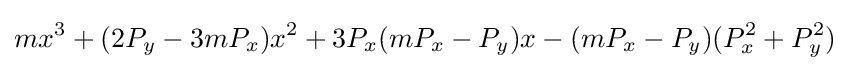
mx^{3}+(2P_{y}-3mP_{x})x^{2}+3P_{x}(mP_{x}-P_{y})x-(mP_{x}-P_{y})(P_{x}^{2}+P_{y}^{2})